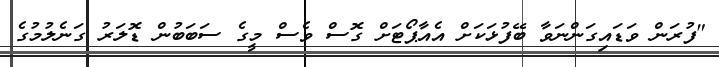
"ފުރަން ވަޑައިގަންނަވާ ބޭފުޅަކަށް އެއާޕޯޓަށް ގޮސް ވެސް މީގެ ސަބަބުން ޑޮލަރު ގަނެލުމުގެ